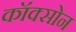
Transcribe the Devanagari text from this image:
कॉक्सोन